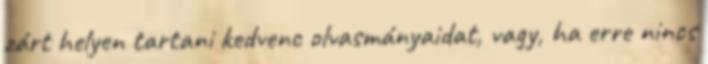
zárt helyen tartani kedvenc olvasmányaidat, vagy, ha erre nincs